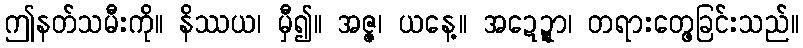
ဤနတ်သမီးကို။ နိဿယ၊ မှီ၍။ အဇ္ဇ၊ ယနေ့။ အဍ္ဍော၊ တရားတေ့ွခြင်းသည်။